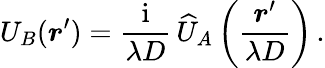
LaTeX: U_{B}(\boldsymbol r^{\prime})={\frac{\mathrm{i}}{\lambda D}}\, \widehat{U}_{A}\left({\frac{\boldsymbol r^{\prime}}{\lambda D}}\right)\, .